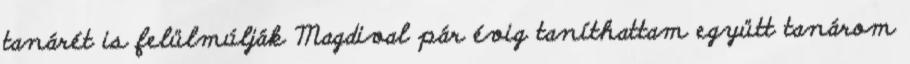
tanárét is felülmúlják Magdival pár évig taníthattam együtt tanárom